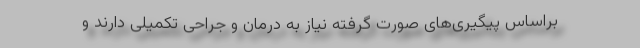
براساس پیگیری‌های صورت گرفته نیاز به درمان و جراحی تکمیلی دارند و